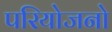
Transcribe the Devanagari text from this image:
परियोजनो